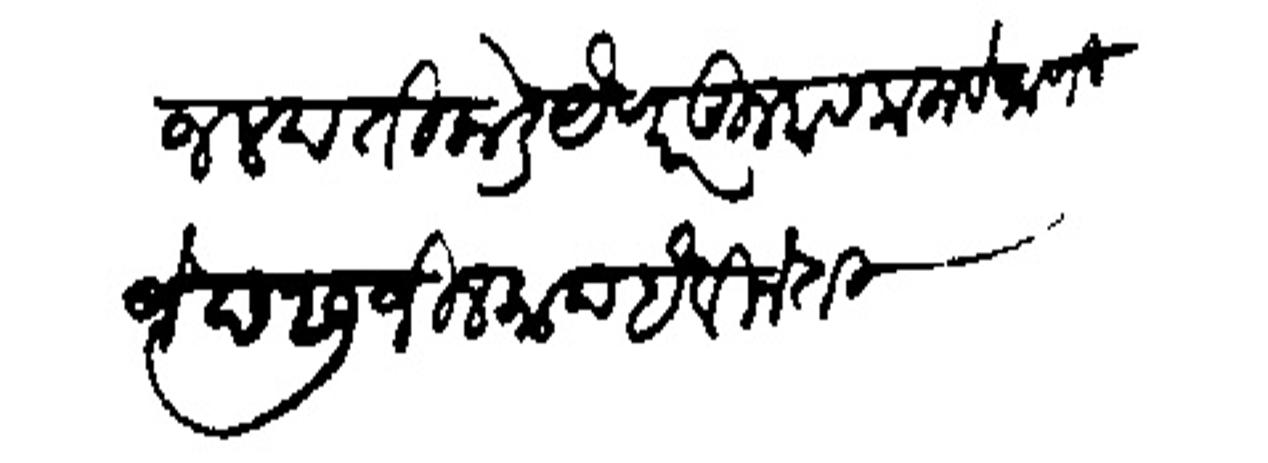
Transliteration (Devanagari): जलद तिकडे येणार तुम्हास कलाये जाणिजे छ २७ जिल्काड है विनंती